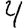
Digit: 4